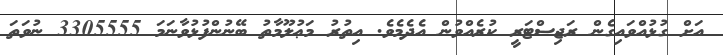
އަށް ގުޅުއްވައިގެން ރަޖިސްޓަރީ ކުރެއްވުން އެދެމެވެ. އިތުރު މަޢުލޫމާތު ބޭނުންފުޅުވާނަމަ 3305555 ނުވަތަ